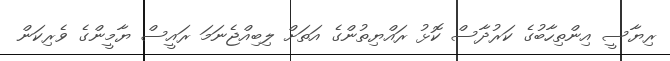
ރިޔާސީ އިންތިހާބުގެ ކަރުދާސް ކޮޅު ރައްޔިތުންގެ އަތަށް ލިބިއްޖެނަމަ ރައީސް ޔާމީންގެ ވެރިކަން